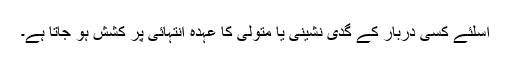
اسلئے کسی دربار کے گدی نشینی یا متولی کا عہدہ انتہائی پر کشش ہو جاتا ہے۔